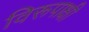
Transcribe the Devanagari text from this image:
विरूपाक्षी